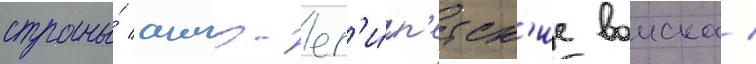
страны́ англо-ег'и́п'етск'ие воиска /